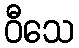
ဝီသေ